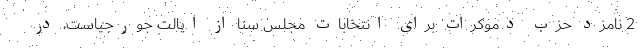
2 نامزد حزب دموکرات برای انتخابات مجلس سنا از ایالت جورجیاست، در